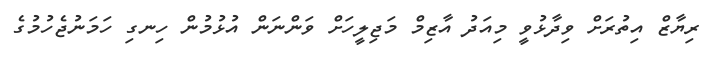
ރިޔާޒް އިތުރަށް ވިދާޅުވީ މިއަދު އާޒިމް މަޖިލީހަށް ވަންނަން އުޅުމުން ހިނގި ހަމަނުޖެހުމުގެ